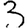
Digit: 3